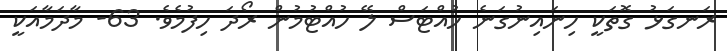
ރަނގަޅު ގޮތަކީ ހިނައިނުގަނެ ހުއްޓަސް ލޭ ހުއްޓުމުން ރޯދަ ހިފުމެވެ. 63- މާދަމާއަކީ